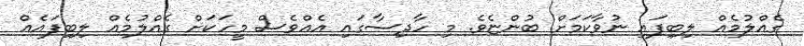
ގެއްލުމެއް ލިބިފައި ނުވާކަމަށް ބުންޏެވެ. މި ހާދިސާގައި އެއްވެސް މީހަކަށް ގެއްލުމެއް ލިބިފައެއް